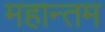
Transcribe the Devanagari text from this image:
महान्तम